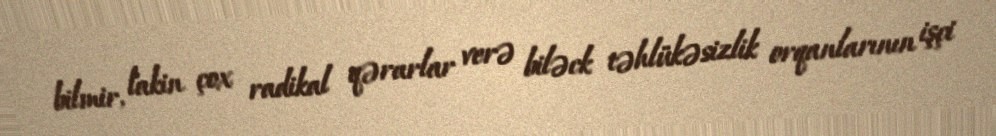
bilmir, lakin çox radikal qərarlar verə biləck təhlükəsizlik orqanlarının işçi